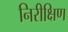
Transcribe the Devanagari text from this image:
निरीक्षिण